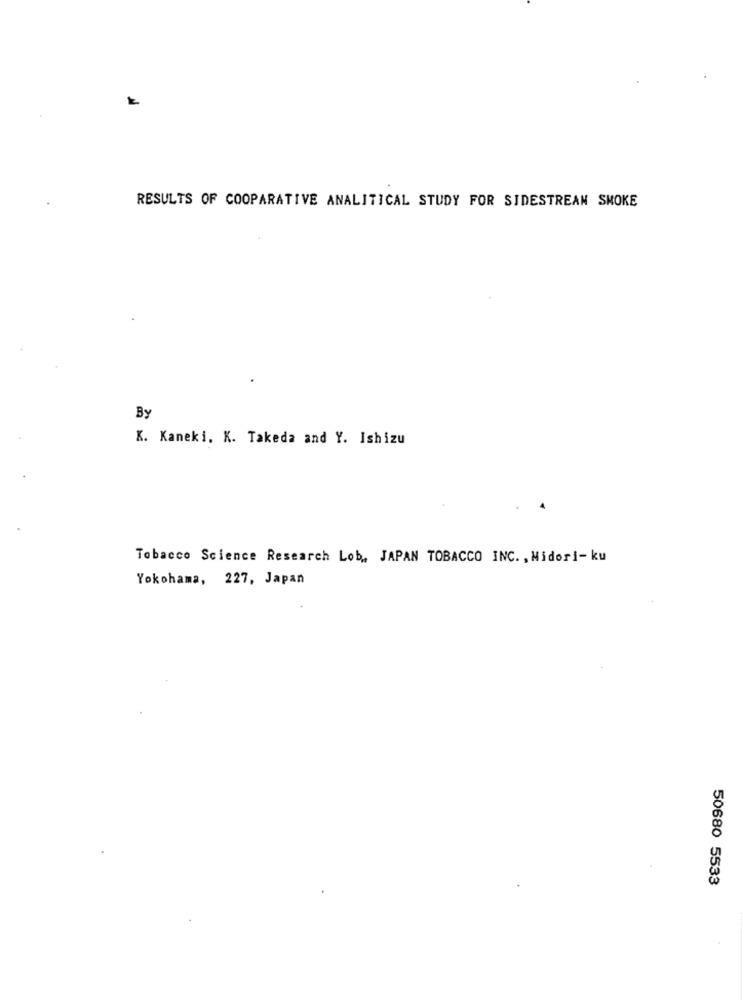
RESULTS OF COOPARATIVE ANALITICAL STUDY FOR SIDESTREAN SMOKE
By
K. Kaneki. K. Takeda and Y. Ishizu
Tobacco Science Research Lob, JAPAN TOBACCO INC ., Midori- ku
Yokohama, 227, Japan
50680 5533